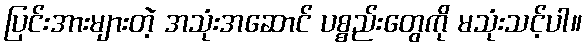
ပြင်းအားများတဲ့ အသုံးအဆောင် ပစ္စည်းတွေကို မသုံးသင့်ပါ။